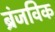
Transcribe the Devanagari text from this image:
ब्रंजविक